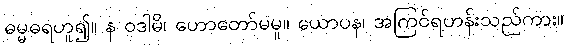
ဓမ္မဓရဟူ၍။ န ဝဒါမိ၊ ဟောတော်မမူ။ ယောပန၊ အကြင်ရဟန်းသည်ကား။